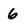
Character: 6